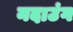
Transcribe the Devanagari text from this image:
नदाउंग